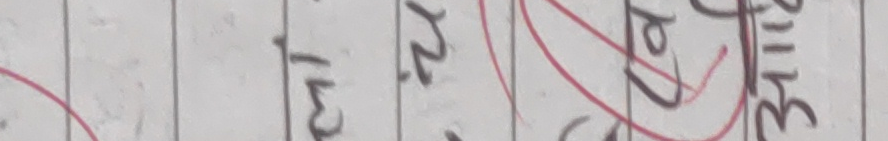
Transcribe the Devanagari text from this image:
१३ २४ २७ ३२४